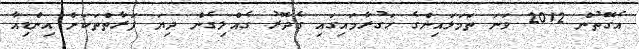
އެގޮތުން 2012 ވަނަ ތަމަޅައިންގެ ހަގުރާމައިގައި ގެދޮރު ގެއްލިގެން ދިޔަ ފަރާތްތަކަށް އިންޑިއާ